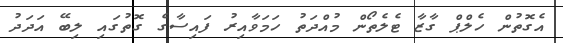
އެގޮތުން ހެލްޕް ގާޒާ ޓެލެތޯން މުއްދަތު ހަމަވާއިރު ފައިސާގެ ގޮތުގައި ލިބޭ އަދަދު